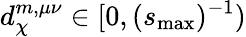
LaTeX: d_{\chi}^{m,\mu\nu}\in[0,(s_{\mathrm{max}})^{-1})